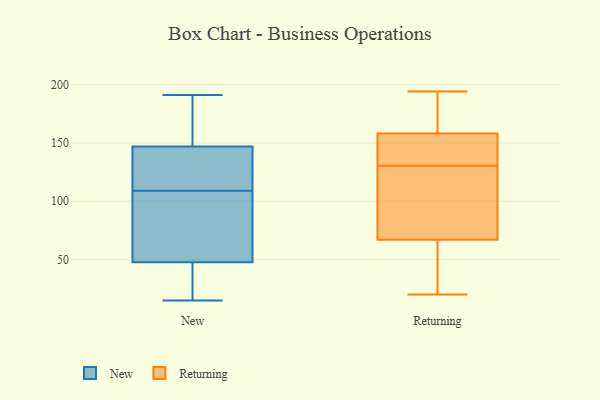
{"axis": {"x": "Active Users", "y": "Value"}, "legend": ["New", "Returning"], "data": [{"x": "", "y": 143, "type": "New"}, {"x": "", "y": 67, "type": "New"}, {"x": "", "y": 180, "type": "New"}, {"x": "", "y": 133, "type": "New"}, {"x": "", "y": 106, "type": "New"}, {"x": "", "y": 109, "type": "New"}, {"x": "", "y": 15, "type": "New"}, {"x": "", "y": 143, "type": "New"}, {"x": "", "y": 127, "type": "New"}, {"x": "", "y": 99, "type": "New"}, {"x": "", "y": 191, "type": "New"}, {"x": "", "y": 183, "type": "New"}, {"x": "", "y": 38, "type": "New"}, {"x": "", "y": 21, "type": "New"}, {"x": "", "y": 44, "type": "New"}, {"x": "", "y": 49, "type": "New"}, {"x": "", "y": 159, "type": "New"}, {"x": "", "y": 164, "type": "Returning"}, {"x": "", "y": 47, "type": "Returning"}, {"x": "", "y": 135, "type": "Returning"}, {"x": "", "y": 137, "type": "Returning"}, {"x": "", "y": 77, "type": "Returning"}, {"x": "", "y": 33, "type": "Returning"}, {"x": "", "y": 158, "type": "Returning"}, {"x": "", "y": 126, "type": "Returning"}, {"x": "", "y": 154, "type": "Returning"}, {"x": "", "y": 194, "type": "Returning"}, {"x": "", "y": 189, "type": "Returning"}, {"x": "", "y": 42, "type": "Returning"}, {"x": "", "y": 149, "type": "Returning"}, {"x": "", "y": 67, "type": "Returning"}, {"x": "", "y": 107, "type": "Returning"}, {"x": "", "y": 20, "type": "Returning"}, {"x": "", "y": 93, "type": "Returning"}, {"x": "", "y": 176, "type": "Returning"}]}